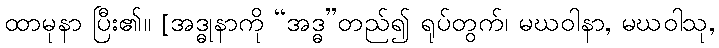
ထာမုနာ ပြီး၏။ [အဒ္ဓုနာကို “အဒ္ဓ”တည်၍ ရုပ်တွက်၊ မဃဝါနာ, မဃဝါသု,